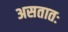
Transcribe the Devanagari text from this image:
असतातः